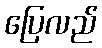
ပြေလည်